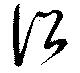
詔